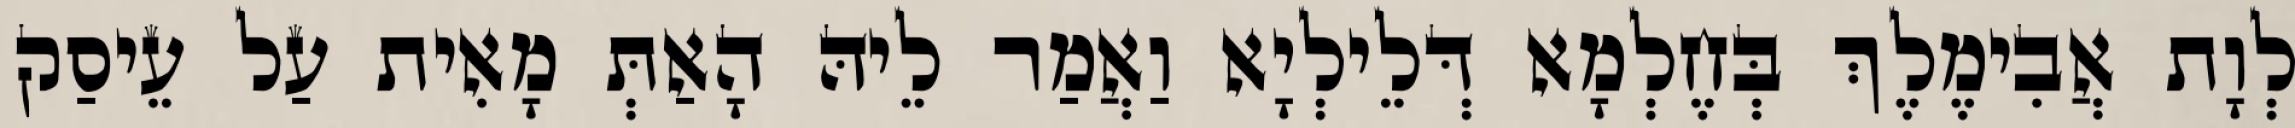
לְוָת אֲבִימֶלֶךְ בְּחֶלְמָא דְּלֵילְיָא וַאֲמַר לֵיהּ הָאַתְּ מָאִית עַל עֵיסַק